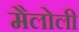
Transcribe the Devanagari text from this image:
मैलोली